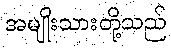
အမျိုးသားတို့သည်